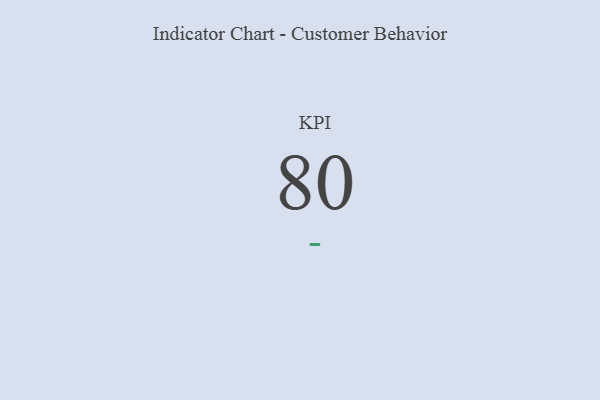
{"axis": {"x": "KPI", "y": "Value"}, "legend": [""], "data": [{"x": "KPI", "y": 80, "type": ""}]}